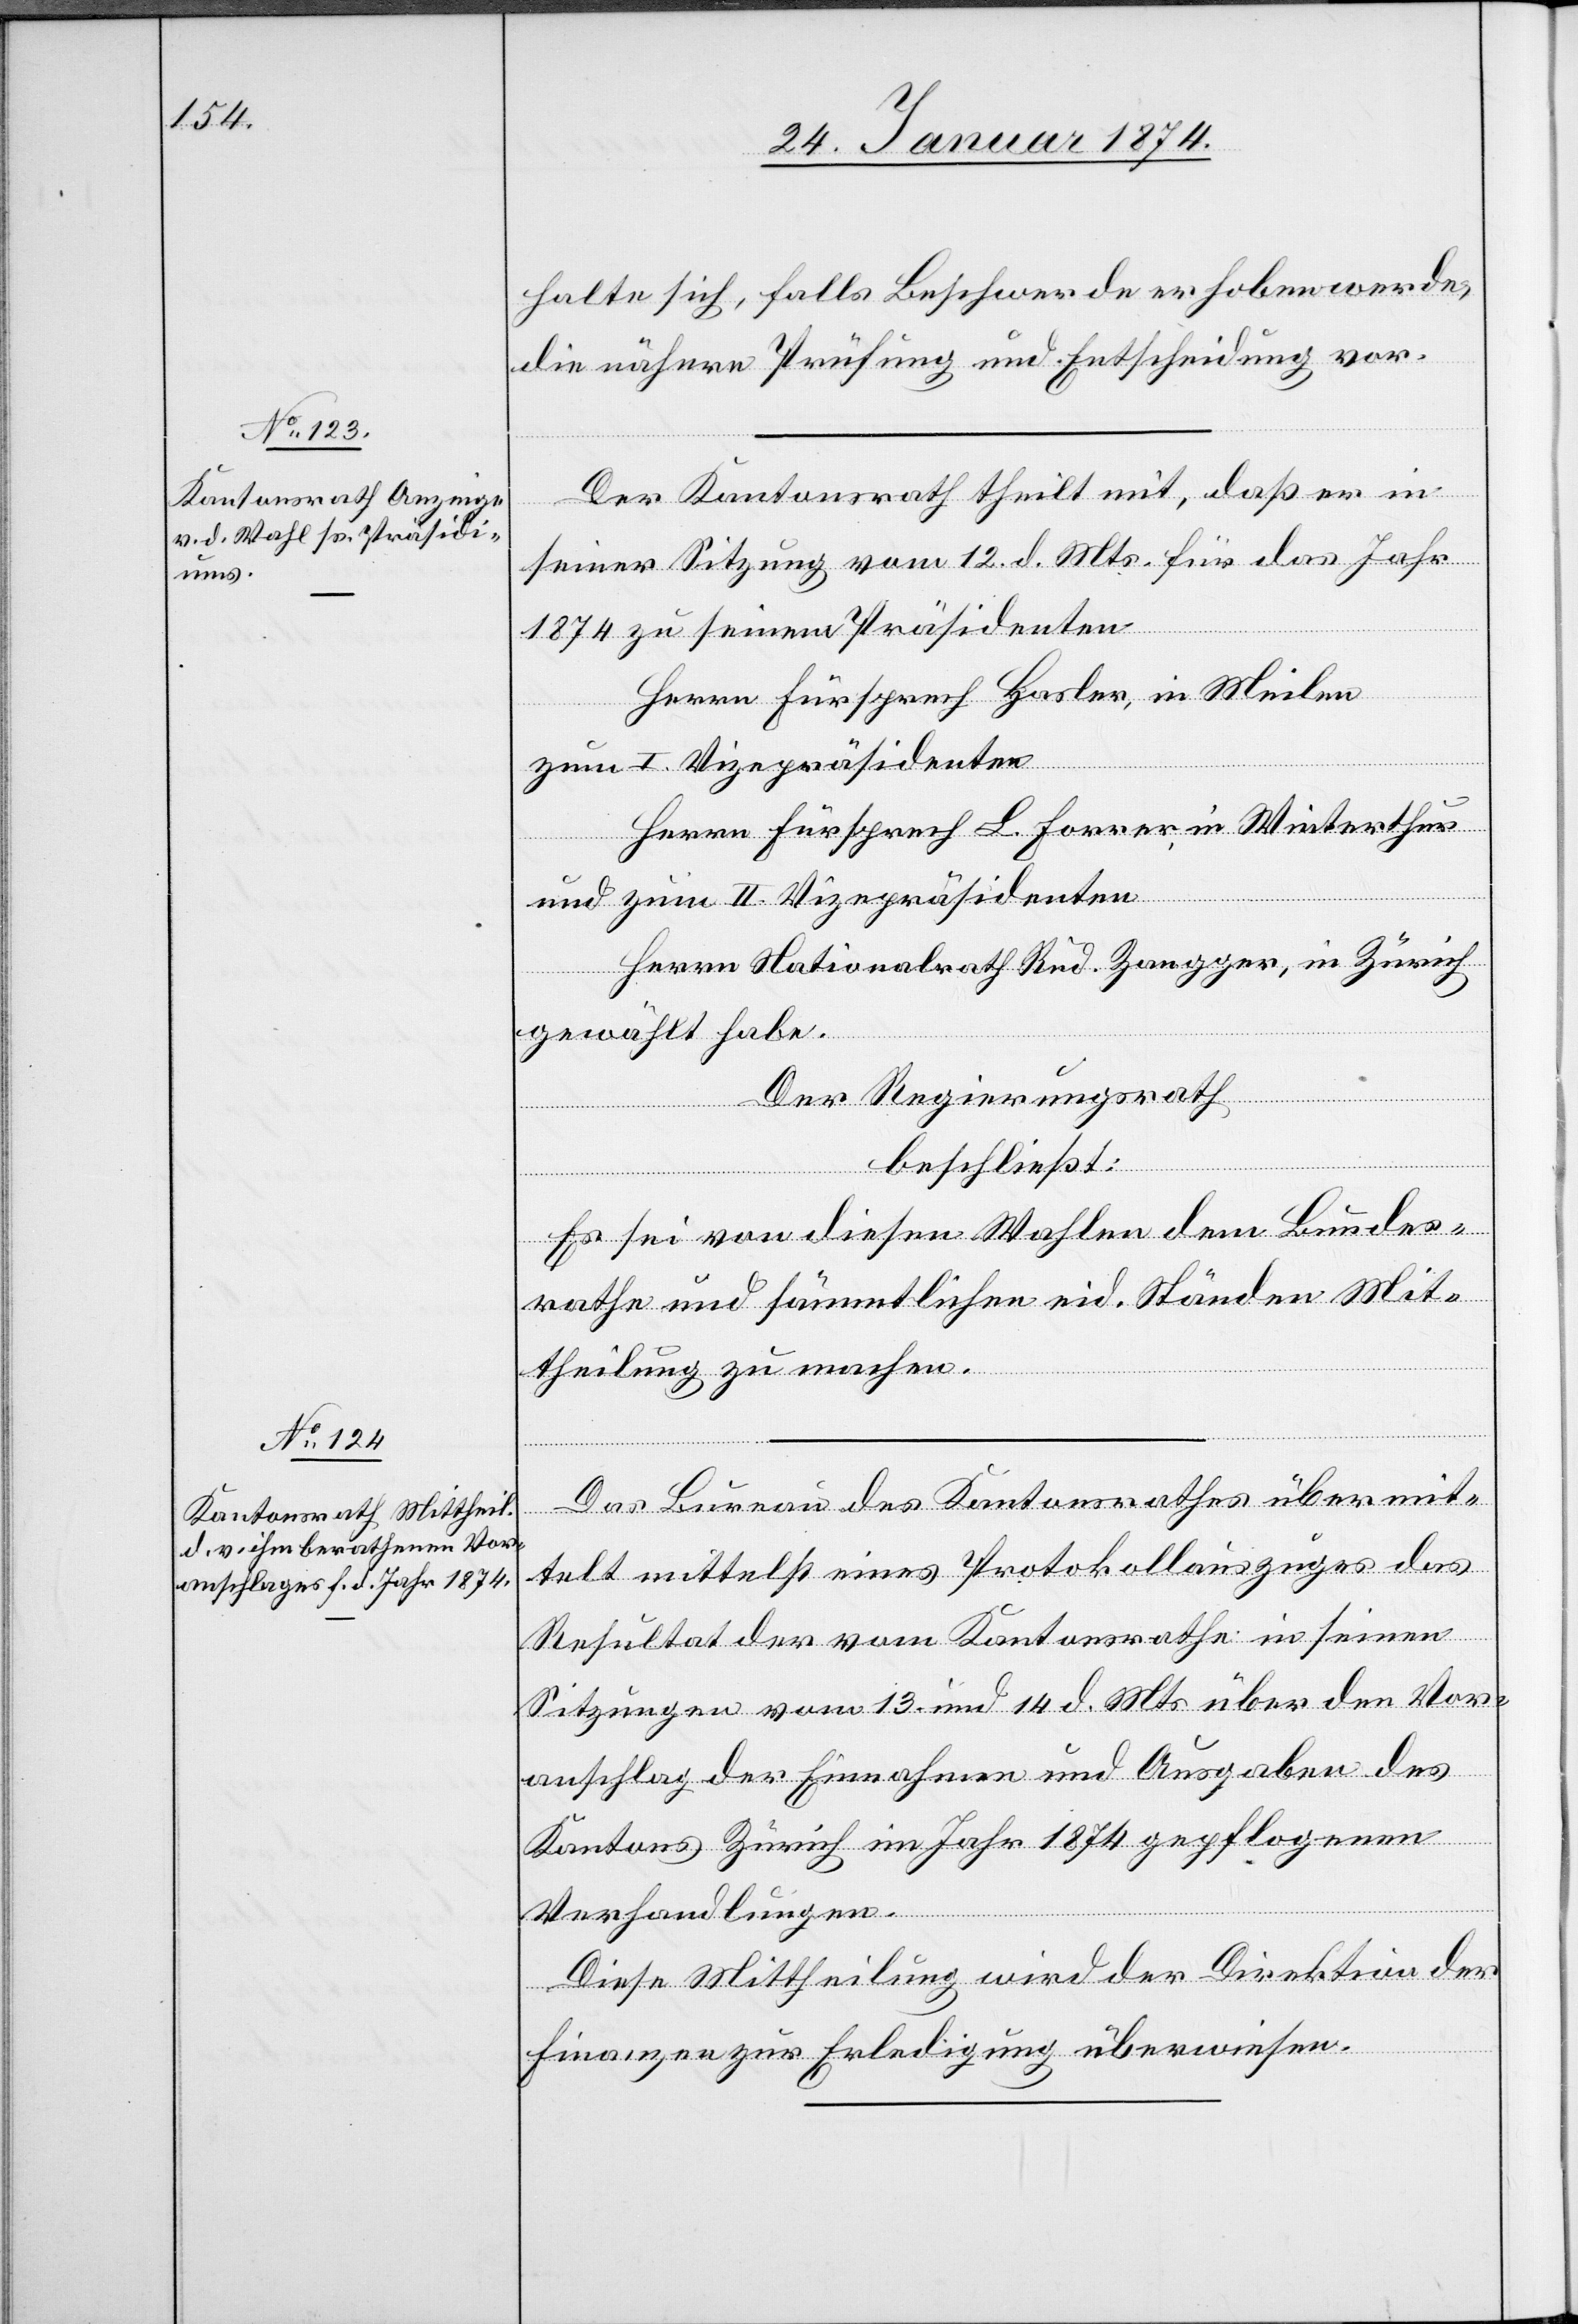
halte sich, falls Beschwerde erhoben werde,
die nähere Prüfung und Entscheidung vor.
Der Kantonsrath theilt mit, daß er in
seiner Sitzung vom 12. d. Mts. für das Jahr
1874 zu seinem Präsidenten
Herrn Fürsprech Karlen, in Meilen
zum I. Vizepräsidenten
Herrn Fürsprech L. Forrer, in Winterhur
und zum II. Vizeprädidenten
Herrn Nationalrath Rud. Zangger, in Zürich
gewählt habe.
Der Regierungsrath
beschließt:
Es sei von diesen Wahlen dem Bundes¬
rathe und sämmtlichen eid. Ständen Mit¬
theilung zu machen.
Das Bureau des Kantonsrathes übermit¬
telt mittelst eines Protokollauszuges das
Resultat der vom Kantonsrathe in seinen
Sitzungen vom 13. und 14. d. Mts. über den Vor¬
anschlag der Einnahmen und Ausgaben des
Kantons Zürich im Jahre 1871 gepflogenen
Verhandlungen.
Diese Mittheilung wird der Direktion der
Finanzen zur Erledigung überwiesen.